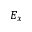
E _ { x }